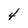
Character: 4